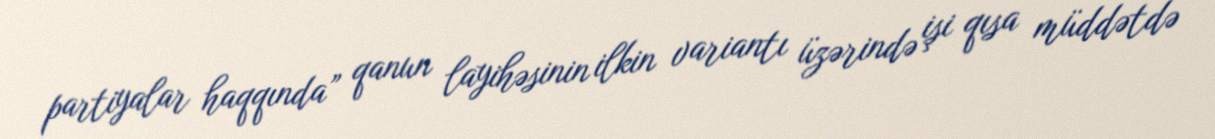
partiyalar haqqında” qanun layihəsinin ilkin variantı üzərində işi qısa müddətdə